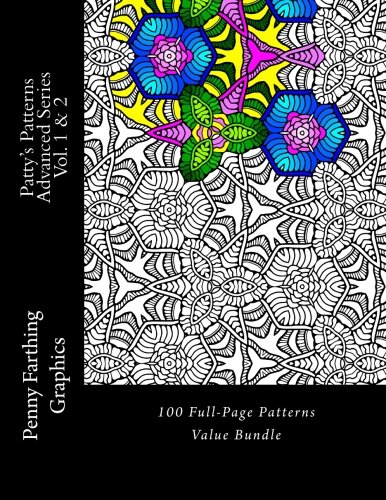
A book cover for Patty's Patterns - Advanced Series Vol. 1 & 2: 100 Full-Page Patterns Value Bundle; Penny Farthing Graphics; Arts & Photography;